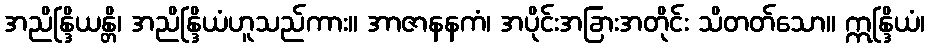
အညိန္ဒြိယန္တိ၊ အညိန္ဒြိယံဟူသည်ကား။ အာဇာနနကံ၊ အပိုင်းအခြားအတိုင်း သိတတ်သော။ ဣန္ဒြိယံ၊